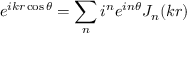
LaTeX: e ^ { i k r \cos \theta } = \sum _ { n } i ^ { n } e ^ { i n \theta } J _ { n } ( k r )